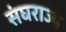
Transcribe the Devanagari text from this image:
संघराज्‍य